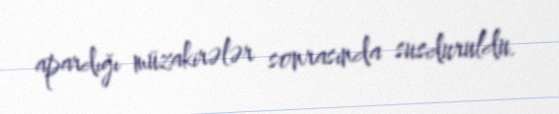
apardığı müzakirələr sonrasında susduruldu.